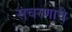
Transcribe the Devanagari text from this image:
संचरणाचे